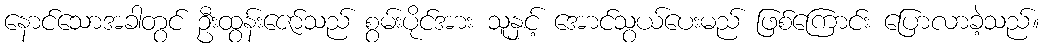
နောင်သောအခါတွင် ဦးထွန်းဇော်သည် စွမ်းပိုင်အား သူနှင့် အောင်သွယ်ပေးမည် ဖြစ်ကြောင်း ပြောလာခဲ့သည်။